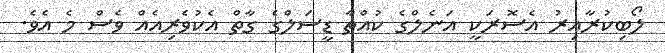
ލޯބިކުރާއިރު އެސޮރަކީ އަނެލްގެ ކުއްތާ ޑީސަލްގެ ގާތް އެކުވެރިއެއް ވެސް މެ އެވެ.